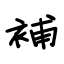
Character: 補